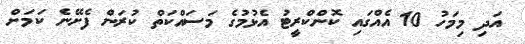
އަދި މިމަހު 10 އެއްގައި ކޮންކްރީޓު އެޅުމުގެ މަސައްކަތް ކުރަން ފެށޭނެ ކަމަށް